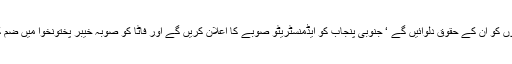
تمام صوبوں کو ان کے حقوق دلوائیں گے ‘ جنوبی پنجاب کو ایڈمنسٹریٹو صوبے کا اعلان کریں گے اور فاٹا کو صوبہ خیبر پختونخوا میں ضم کریں گے۔